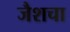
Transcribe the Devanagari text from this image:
जैशचा